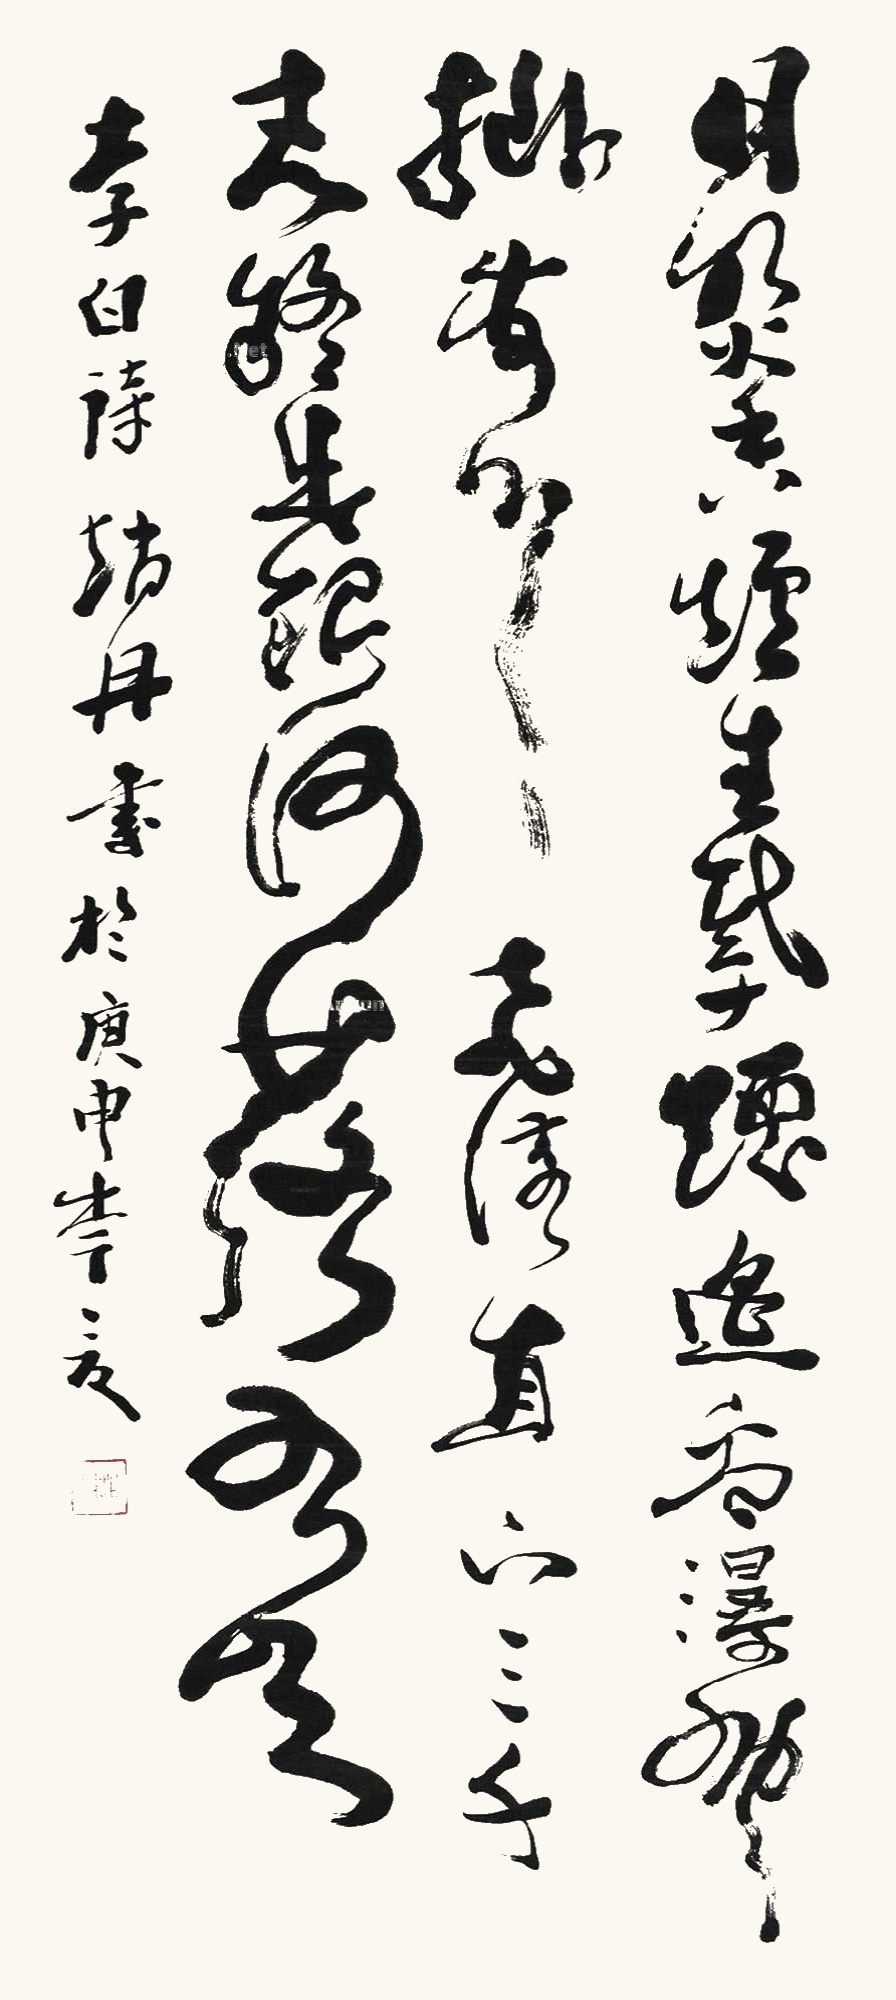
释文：日照香炉生紫烟，遥看瀑布挂前川。飞流直下三千尺，疑是银河落九天。李白诗。赵丹书于庚寅年夏。